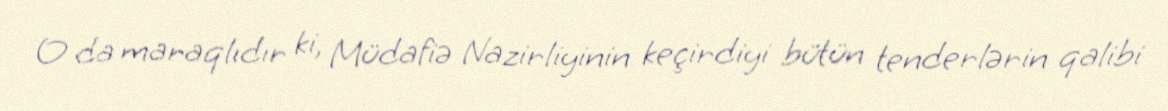
O da maraqlıdır ki, Müdafiə Nazirliyinin keçirdiyi bütün tenderlərin qalibi